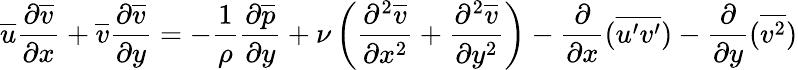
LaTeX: {\overline{{u}}}{\frac{\partial{\overline{{v}}}}{\partial x}}+{\overline{{v}}}{\frac{\partial{\overline{{v}}}}{\partial y}}=-{\frac{1}{\rho}}{\frac{\partial{\overline{{p}}}}{\partial y}}+\nu\left({\frac{\partial^{2}{\overline{{v}}}}{\partial x^{2}}}+{\frac{\partial^{2}{\overline{{v}}}}{\partial y^{2}}}\right)-{\frac{\partial}{\partial x}}({\overline{{u^{\prime}v^{\prime}}}})-{\frac{\partial}{\partial y}}({\overline{{v^{2}}}})